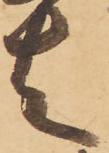
者